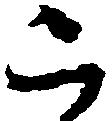
被